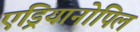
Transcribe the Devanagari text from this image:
एड्रियानोपिल